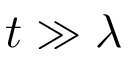
t \gg \lambda